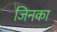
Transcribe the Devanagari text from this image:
जिनका